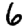
Digit: 6